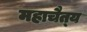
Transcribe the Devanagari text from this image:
महाचैत्‍य